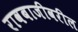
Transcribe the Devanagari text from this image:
रावबाजीवरील